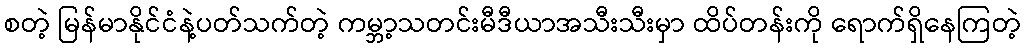
စတဲ့ မြန်မာနိုင်ငံနဲ့ပတ်သက်တဲ့ ကမ္ဘာ့သတင်းမီဒီယာအသီးသီးမှာ ထိပ်တန်းကို ရောက်ရှိနေကြတဲ့